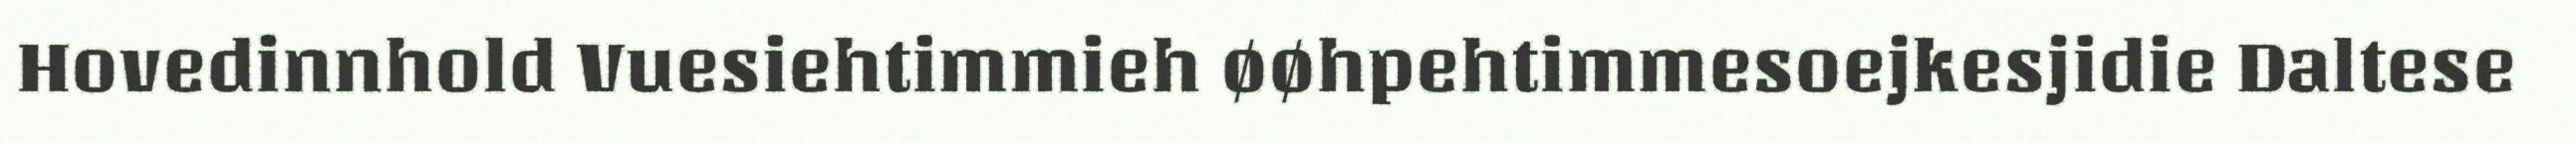
Hovedinnhold Vuesiehtimmieh øøhpehtimmesoejkesjidie Daltese